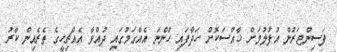
ފަސިންޖަރުން އުފުލުމަށް ޚާއްސަކޮށް ހަދާފައި ހުންނަ އެއްގަމުގައި ދުއްވާ އެއްޗިހީގެ ތެރެއިން ކާރު